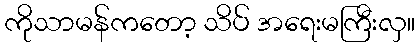
ကိုသာမန်ကတော့ သိပ် အရေးမကြီးလှ။